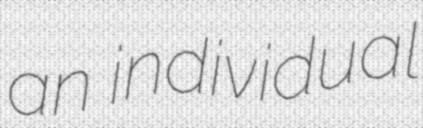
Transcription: an individual